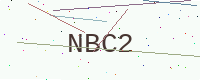
Text: NBC2